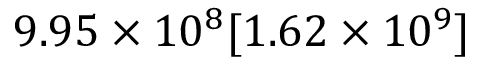
9 . 9 5 \times 1 0 ^ { 8 } [ 1 . 6 2 \times 1 0 ^ { 9 } ]